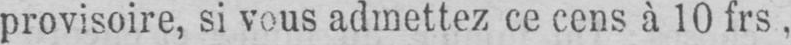
provisoire, si vous admettez ce cens à 10 frs.